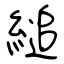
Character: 縋